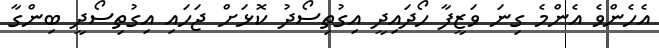
އެހެންވެ އެންމެ ގިނަ ވަޒީފާ ހޯދައިދީ އިގުތިސޯދު ކޮޅަށް ޖަހައި އިގުތިސޯދީ ބިންގާ